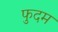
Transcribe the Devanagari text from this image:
फुदम